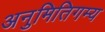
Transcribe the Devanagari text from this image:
अनुमितिगम्य